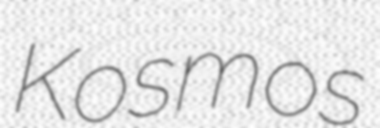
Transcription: Kosmos